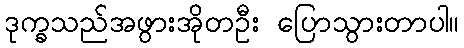
ဒုက္ခသည်အဖွားအိုတဦး ပြောသွားတာပါ။